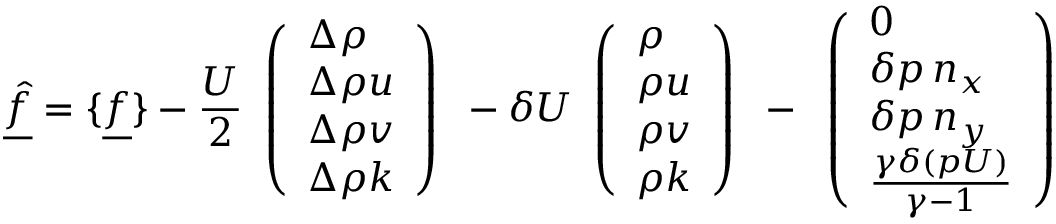
\underline { { \hat { f } } } = \{ \underline { { f } } \} - \frac { U } { 2 } \begin{array} { l } { \left( \begin{array} { l } { \Delta \rho } \\ { \Delta \rho u } \\ { \Delta \rho v } \\ { \Delta \rho k } \end{array} \right) } \end{array} - \delta U \begin{array} { l } { \left( \begin{array} { l } { \rho } \\ { \rho u } \\ { \rho v } \\ { \rho k } \end{array} \right) } \end{array} - \begin{array} { l } { \left( \begin{array} { l } { 0 } \\ { \delta p \, n _ { x } } \\ { \delta p \, n _ { y } } \\ { \frac { \gamma \delta ( p U ) } { \gamma - 1 } } \end{array} \right) } \end{array}